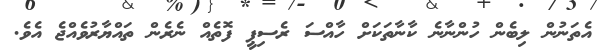
އެތަނުން ލިބެން ހުންނާނެ ކާނާތަކަށް ހާއްސަ ރެސިޕީ ފޮތެއް ނެރެން ތައްޔާރުވެއްޖެ އެވެ.